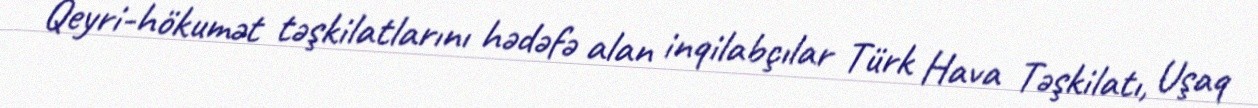
Qeyri-hökumət təşkilatlarını hədəfə alan inqilabçılar Türk Hava Təşkilatı, Uşaq